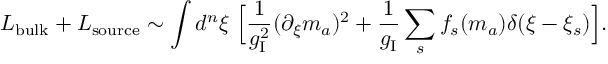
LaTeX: { \cal L } _ { \mathrm { b u l k } } + { \cal L } _ { \mathrm { s o u r c e } } \sim \int d ^ { n } \xi \; \Bigl [ { \frac { 1 } { g _ { \mathrm { I } } ^ { 2 } } } ( \partial _ { \xi } m _ { a } ) ^ { 2 } + { \frac { 1 } { g _ { \mathrm { I } } } } \sum _ { s } f _ { s } ( m _ { a } ) \delta ( \xi - \xi _ { s } ) \Bigr ] .